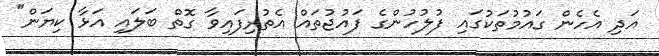
އަދި އެހެން ގައުމުތަކުގައި ފުލުހުންގެ ފައުޖުތައް އެތުރިފައިވާ ގޮތް ބަލައި އަޅާ ކިޔަން"